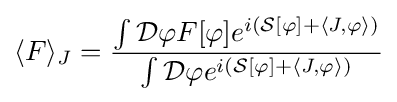
\langle F\rangle _{J}={\frac {\int {\mathcal {D}}\varphi F[\varphi ]e^{i\left({\mathcal {S}}[\varphi ]+\langle J,\varphi \rangle \right)}}{\int {\mathcal {D}}\varphi e^{i\left({\mathcal {S}}[\varphi ]+\langle J,\varphi \rangle \right)}}}